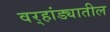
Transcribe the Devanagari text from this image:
वर्‍हांड्यातील